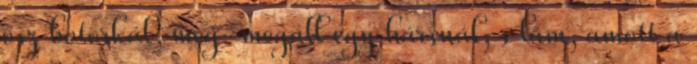
ősz botorkál, meg-megáll egy hársnál, s lám, amott a